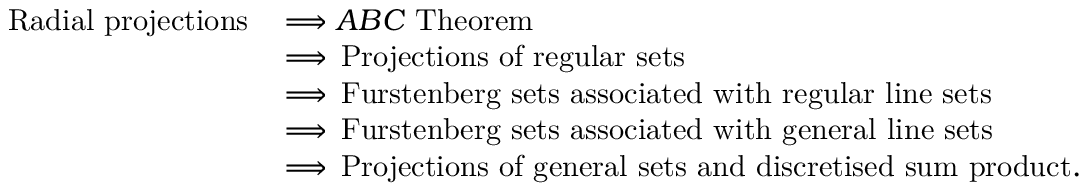
\begin{array} { r l } { \mathrm { R a d i a l ~ p r o j e c t i o n s } \, } & { \Longrightarrow A B C \mathrm { ~ T h e o r e m } } \\ & { \Longrightarrow \, \mathrm { P r o j e c t i o n s ~ o f ~ r e g u l a r ~ s e t s } } \\ & { \Longrightarrow \, \mathrm { F u r s t e n b e r g ~ s e t s ~ a s s o c i a t e d ~ w i t h ~ r e g u l a r ~ l i n e ~ s e t s } } \\ & { \Longrightarrow \, \mathrm { F u r s t e n b e r g ~ s e t s ~ a s s o c i a t e d ~ w i t h ~ g e n e r a l ~ l i n e ~ s e t s } } \\ & { \Longrightarrow \, \mathrm { P r o j e c t i o n s ~ o f ~ g e n e r a l ~ s e t s ~ a n d ~ d i s c r e t i s e d ~ s u m ~ p r o d u c t } . } \end{array}